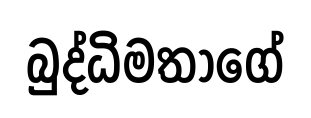
බුද්ධිමතාගේ